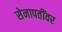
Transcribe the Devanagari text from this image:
सेनापतींवर